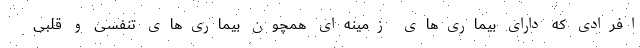
افرادی که دارای بیماری‌های زمینه‌ای همچون بیماری‌های تنفسی و قلبی